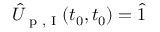
\hat { U } _ { \textrm { p , I } } ( t _ { 0 } , t _ { 0 } ) = \hat { 1 }